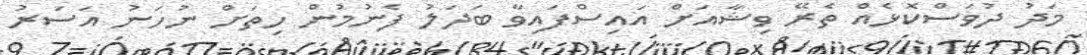
މަދު ދުވަސްކޮޅެއް ތެރޭ ވިޝާއަށް އައިސްފައިވާ ބަދަލު ފެނުމުން ހިތަށް ނުހަނު އަސަރު